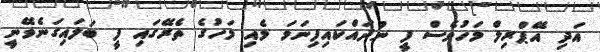
އަދި އޭޕްރިލް މަހުވެސް ފީ ނުދައްކައިފިނަމަ މެއި މަހުގެ ތެރޭގައި ފީ ބަލައިގަނެވޭނީ